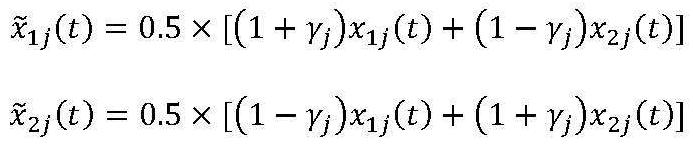
\[
\begin{align*}
\tilde{x}_{1j}(t)&=0.5\times[(1 + \gamma_j)x_{1j}(t)+(1 - \gamma_j)x_{2j}(t)]\\
\tilde{x}_{2j}(t)&=0.5\times[(1 - \gamma_j)x_{1j}(t)+(1 + \gamma_j)x_{2j}(t)]
\end{align*}
\]